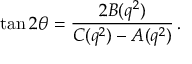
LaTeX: \tan 2 \theta = \frac { 2 B ( q ^ { 2 } ) } { C ( q ^ { 2 } ) - A ( q ^ { 2 } ) } \, .